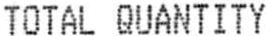
TOTAL QUANTITY